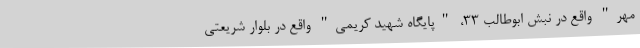
مهر" واقع در نبش ابوطالب ۳۳، "پایگاه شهید کریمی" واقع در بلوار شریعتی